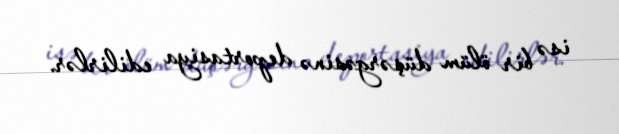
isə bir ölüm düşərgəsinə deportasiya edilirlər.